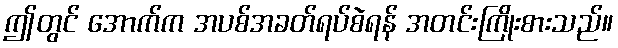
ဤတွင် အောက်က အပစ်အခတ်ရပ်စဲရန် အတင်းကြိုးစားသည်။